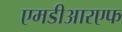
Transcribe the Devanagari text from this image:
एमडीआरएफ